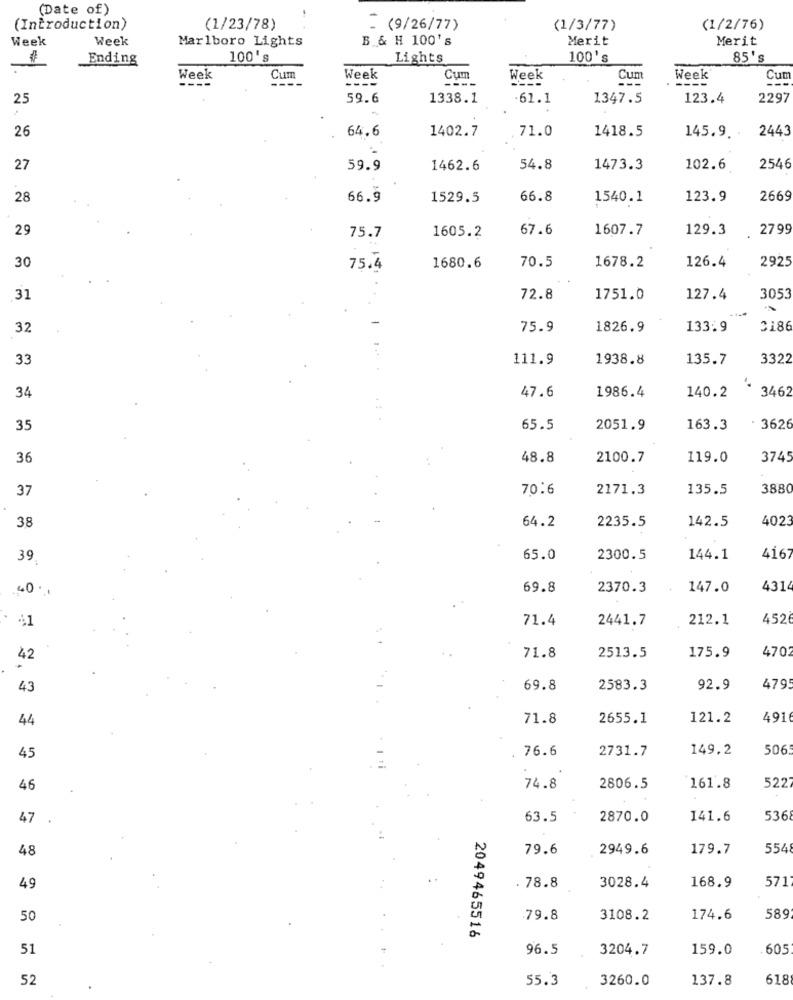
(Date of)
(Introduction)
(1/23/78)
= (9/26/77)
(1/3/77)
(1/2/76)
Week
Week
Marlboro Lights
B & H 100's
Merit
Merit
Ending
100's
Lights
100's
85's
Week
Cum
Week
Cum
Week
Cum
Week
Cut
----
25
59.6
1338.1
.61.1
1347.5
123.4
2297
1402.7
71.0
1418.5
145.9
2443
26
64.6
27
59.9
1462.6
54.8
1473.3
102.6
2546
28
66.9
1529.5
66.8
1540.1
123.9
2669
29
1605.2
67.6
1607.7
129.3
2799
75.7
126.4
2925
30
75.4
1680.6
70.5
1678.2
31
72.8
1751.0
127.4
305
32
75.9
1826.9
133.9
2186
33
111.9
1938.8
135.7
3322
34
47.6
1986.4
140.2
3462
35
65.5
2051.9
163.3
362
36
48.8
2100.7
119.0
3745
37
70.6
2171.3
135.5
3880
64.2
2235.5
142.5
4023
38
416:
39
65.0
2300.5
144.1
40.
69.8
2370.3
147.0
4314
.
41
71.4
2441.7
212.1
452
175.9
470
42
71.8
2513.5
43
69.8
2583.3
92.9
4795
44
71.8
2655.1
121.2
491
76.6
2731.7
149.2
506
45
46
74.8
2806.5
161.8
522
47
63.5
2870.0
141.6
536
48
79.6
2949.6
179.7
554
571
49
. 78.8
3028.4
168.9
50
79.8
3108.2
174.6
589
2049465516
51
96.5
3204.7
159.0
605
52
55.3
3260.0
137.8
618